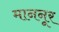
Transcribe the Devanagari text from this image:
माननूर